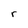
Character: r